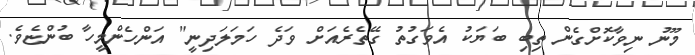
މޫނު ނިވާކޮށްގެން ތިބި ބަޔަކު އެވަގުތު ގޭތެރެއަށް ވަދެ ހަމަލަދިނީ" އަންހެންމީހާ ބުންޏެވެ.